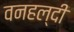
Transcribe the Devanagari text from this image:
वनहल्दी